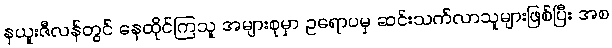
နယူးဇီလန်တွင် နေထိုင်ကြသူ အများစုမှာ ဥရောပမှ ဆင်းသက်လာသူများဖြစ်ပြီး အစ